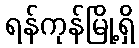
ရန်ကုန်မြို့ရှိ